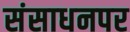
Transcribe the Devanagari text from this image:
संसाधनपर